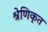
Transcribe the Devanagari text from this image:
श्रेणिकृत